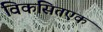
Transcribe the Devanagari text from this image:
विकसितएक